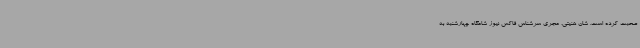
صحبت کرده است. شان هنیتی، مجری سرشناس فاکس نیوز شامگاه چهارشنبه به